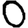
Digit: 0